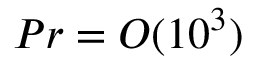
P r = O ( 1 0 ^ { 3 } )